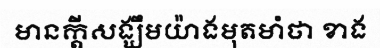
មានក្តីសង្ឃឹមយ៉ាងមុតមាំថា ខាង